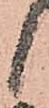
候